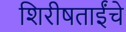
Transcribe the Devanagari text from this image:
शिरीषताईंचे